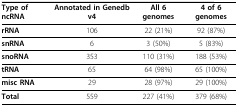
| Type of ncRNA | Annotated in Genedb v4 | All 6 genomes | 4 of 6 genomes |
 | --- | --- | --- | --- |
 | rRNA | 106 | 22 (21%) | 92 (87%) |
 | snRNA | 6 | 3 (50%) | 5 (83%) |
 | snoRNA | 353 | 110 (31%) | 188 (53%) |
 | tRNA | 65 | 64 (98%) | 65 (100%) |
 | misc RNA | 29 | 28 (97%) | 29 (100%) |
 | Total | 559 | 227 (41%) | 379 (68%) |